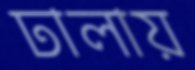
ঢালায়